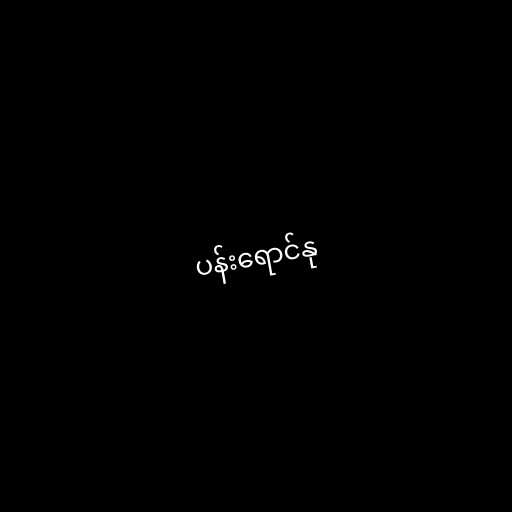
ပန်းရောင်နု